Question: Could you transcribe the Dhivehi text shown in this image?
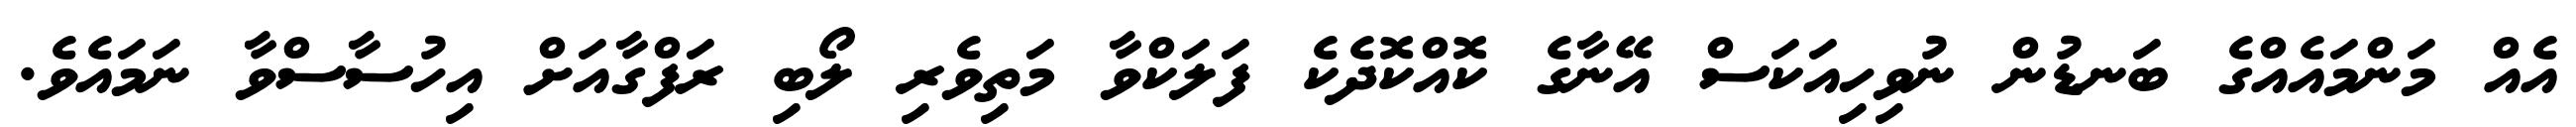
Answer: އެއް މަންމައެއްގެ ބަނޑުން ނުވިހިއަކަސް އޭނާގެ ކޮއްކޮދެކެ ފަލަކްވާ މަތިވެރި ލޯބި ރަފްގާއަށް އިހުސާސްވާ ނަމައެވެ.